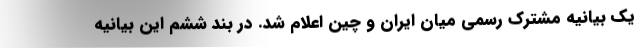
یک بیانیه مشترک رسمی میان ایران و چین اعلام شد. در بند ششم این بیانیه